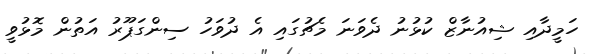
ހަމީދާއި ޝިއުނާޒް ކުޅުނު ދެވަނަ މެޗުގައި އެ ދުވަހު ސިންގަޕޫރު އަތުން މޮޅުވީ